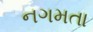
નગમતા